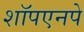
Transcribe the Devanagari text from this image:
शॉपएनपे